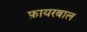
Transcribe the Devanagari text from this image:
फ़ायरबाल